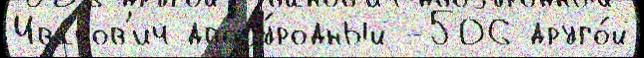
Ива́нов'ич двоjу́родный -506 друго́й